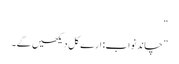
“
”چاند نواب: ارے کل دیکھیں گے۔